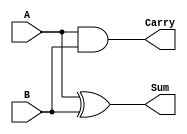
module half_adder #(
    parameter input_width = 1  // Default input width
)(
    input [input_width-1:0] A, // First input operand
    input [input_width-1:0] B, // Second input operand
    output reg Sum,             // Sum output
    output reg Carry            // Carry output
);

    // Combinational logic for Sum and Carry
    always @(*) begin
        Sum = A ^ B;             // Sum is the XOR of A and B
        Carry = A & B;           // Carry is the AND of A and B
    end

endmodule